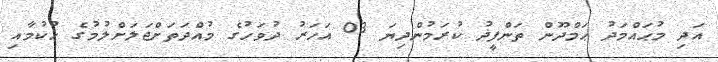
އަދި މުޙައްމަދު ޙަމްދޫން ތަންފީޛު ކުރަމުންދިޔަ 03 އަހަރު ދުވަހުގެ މުއްދަތަށްޖަލަށްލުމުގެ ޙުކުމާއި